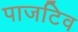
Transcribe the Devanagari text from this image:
पाजटिव